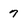
Character: 7